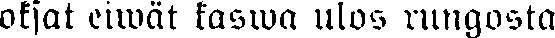
oksat eiwät kaswa ulos rungosta